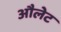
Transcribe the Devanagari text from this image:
औलेट